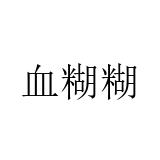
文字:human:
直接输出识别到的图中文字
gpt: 血糊糊